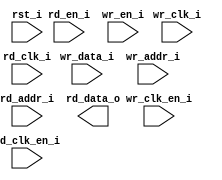
// This program was cloned from: https://github.com/tinyvision-ai-inc/Vision-FPGA-SoM
// License: MIT License

/*******************************************************************************
    Verilog netlist generated by IPGEN Lattice Radiant Software (64-bit)
    2.2.1.239.2
    Soft IP Version: 1.1.2
    2021 06 23 14:12:36
*******************************************************************************/
/*******************************************************************************
    Wrapper Module generated per user settings.
*******************************************************************************/
module dpram512x8 (wr_clk_i, rd_clk_i, rst_i, wr_clk_en_i, rd_en_i,
    rd_clk_en_i, wr_en_i, wr_data_i, wr_addr_i, rd_addr_i, rd_data_o)/* synthesis syn_black_box syn_declare_black_box=1 */;
    input  wr_clk_i;
    input  rd_clk_i;
    input  rst_i;
    input  wr_clk_en_i;
    input  rd_en_i;
    input  rd_clk_en_i;
    input  wr_en_i;
    input  [35:0]  wr_data_i;
    input  [8:0]  wr_addr_i;
    input  [8:0]  rd_addr_i;
    output  [35:0]  rd_data_o;
endmodule